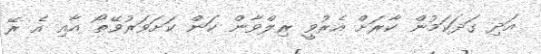
އަދި ގަދަކަމުން ކާރަށް އެރުވީ ރިލްވާން ކަން ކަށަވަރުވޭތޯ އާއި އެ ރޭ